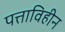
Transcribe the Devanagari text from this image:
पत्ताविहीन